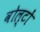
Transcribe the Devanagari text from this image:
वोल्टों